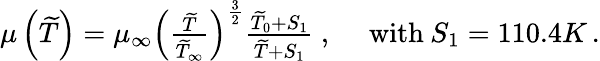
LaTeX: \begin{array}{rl}{\mu\left(\widetilde{T}\right)=\mu_{\infty}\left(\frac{\widetilde{T}}{\widetilde{T}_{\infty}}\right)^{\frac{3}{2}}\frac{\widetilde{T}_{0}+S_{1}}{\widetilde{T}+S_{1}}\mathrm{~,~}}&{\mathrm{with}\: S_{1}=110.4K\, \mathrm{.}}\end{array}